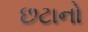
છટાનો